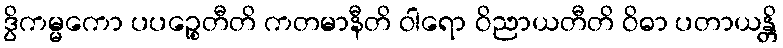
ဒွိကမ္မကော ပပဉ္စေတီတိ ကတမာနီတိ ဝါရော ဝိညာယတီတိ ဝိဓာ ပတာယန္တိ